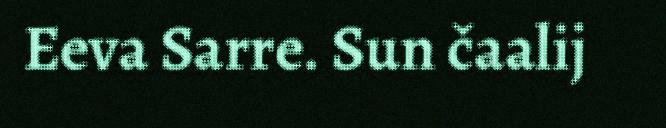
Eeva Sarre. Sun čaalij